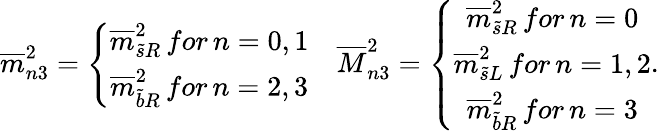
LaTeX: \begin{array}{cc}{{\overline{{{m}}}_{n3}^{2}=\left\{ \begin{array}{c}{{\overline{{{m}}}_{\widetilde{s}R}^{2}\, for\, n=0,1}}\\ {{\overline{{{m}}}_{\widetilde{b}R}^{2}\, for\, n=2,3}}\end{array}\right.}}&{{\overline{{{M}}}_{n3}^{2}=\left\{ \begin{array}{c}{{\overline{{{m}}}_{\widetilde{s}R}^{2}\, for\, n=0}}\\ {{\overline{{{m}}}_{\widetilde{s}L}^{2}\, for\, n=1,2}}\\ {{\overline{{{m}}}_{\widetilde{b}R}^{2}\, for\, n=3}}\end{array}\right..}}\end{array}